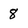
Character: 8